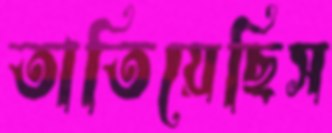
তাতিয়েছিস